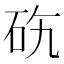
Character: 𥑅